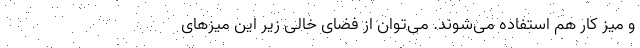
و میز کار هم استفاده می‌شوند. می‌توان از فضای خالی زیر این میزهای